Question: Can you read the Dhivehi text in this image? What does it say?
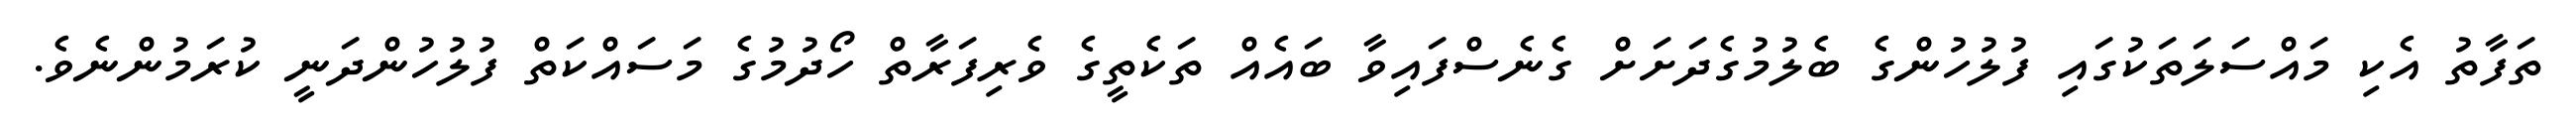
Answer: ތަފާތު އެކި މައްސަލަތަކުގައި ފުލުހުންގެ ބެލުމުގެދަށަށް ގެނެސްފައިވާ ބައެއް ތަކެތީގެ ވެރިފަރާތް ހޯދުމުގެ މަސައްކަތް ފުލުހުންދަނީ ކުރަމުންނެވެ.